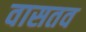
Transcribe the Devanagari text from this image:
वासतव